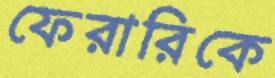
ফেরারিকে